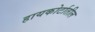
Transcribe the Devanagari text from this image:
हायकोर्टातील